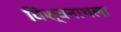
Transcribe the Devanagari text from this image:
विश्वनाथला